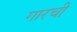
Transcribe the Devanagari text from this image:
गारची